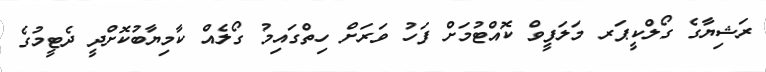
ރަޝިޔާގެ ގޯލްކީޕަރ މަލަފީވް ކޮއްޓުމަށް ފަހު ވަރަށް ހިތްގައިމު ގޯލެއް ކާމިޔާބުކޮށްދީ ދެޓީމުގެ